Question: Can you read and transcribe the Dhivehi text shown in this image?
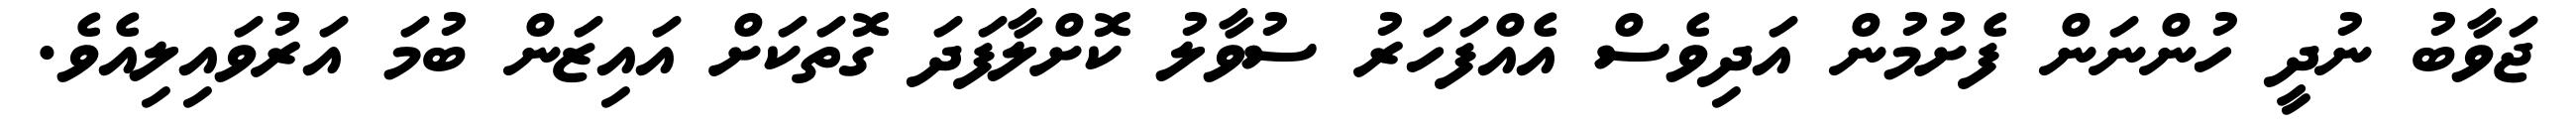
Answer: ޖަވާބު ނުދީ ހުންނަން ފެށުމުން އަދިވެސް އެއްފަހަރު ސުވާލު ކޮށްލާފަދަ ގޮތަކަށް އައިޒަން ބުމަ އަރުވައިލިއެވެ.